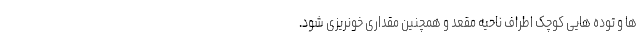
ها و توده هایی کوچک اطراف ناحیه مقعد و همچنین مقداری خونریزی شود.